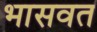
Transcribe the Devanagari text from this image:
भासवत